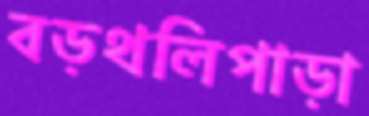
বড়থলিপাড়া